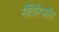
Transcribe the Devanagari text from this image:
सॅतिरिकॉन